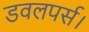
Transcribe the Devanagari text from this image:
डवलपर्स।